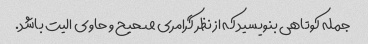
جمله کوتاهی بنویسید که از نظر گرامری صحیح و حاوی الیت باشد.